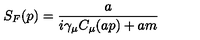
S _ { F } ( p ) = \frac { a } { i \gamma _ { \mu } C _ { \mu } ( a p ) + a m }